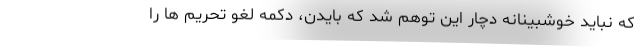
که نباید خوشبینانه دچار این توهم شد که بایدن، دکمه لغو تحریم ها را